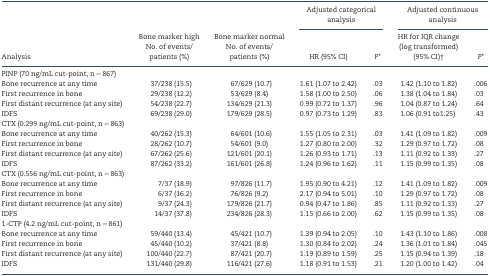
<table><thead><tr><td rowspan="2"><b>Analysis</b></td><td rowspan="2"><b>Bone marker high No. of events/patients (%)</b></td><td rowspan="2"><b>Bone marker normal No. of events/patients (%)</b></td><td colspan="2"><b>Adjusted categorical analysis</b></td><td colspan="2"><b>Adjusted continuous analysis</b></td></tr><tr><td><b>HR (95% CI)</b></td><td><b><i>P</i>*</b></td><td><b>HR for IQR change (log transformed) (95% CI)†</b></td><td><b><i>P</i>*</b></td></tr></thead><tbody><tr><td>PINP (70 ng/mL cut-point, n = 867)</td><td></td><td></td><td></td><td></td><td></td><td></td></tr><tr><td>Bone recurrence at any time</td><td>37/238 (15.5)</td><td>67/629 (10.7)</td><td>1.61 (1.07 to 2.42)</td><td>.03</td><td>1.42 (1.10 to 1.82)</td><td>.006</td></tr><tr><td>First recurrence in bone</td><td>29/238 (12.2)</td><td>53/629 (8.4)</td><td>1.58 (1.00 to 2.50)</td><td>.06</td><td>1.38 (1.04 to 1.84)</td><td>.03</td></tr><tr><td>First distant recurrence (at any site)</td><td>54/238 (22.7)</td><td>134/629 (21.3)</td><td>0.99 (0.72 to 1.37)</td><td>.96</td><td>1.04 (0.87 to 1.24)</td><td>.64</td></tr><tr><td>IDFS</td><td>69/238 (29.0)</td><td>179/629 (28.5)</td><td>0.97 (0.73 to 1.29)</td><td>.83</td><td>1.06 (0.91 to1.25)</td><td>.43</td></tr><tr><td>CTX (0.299 ng/mL cut-point, n = 863)</td><td></td><td></td><td></td><td></td><td></td><td></td></tr><tr><td>Bone recurrence at any time</td><td>40/262 (15.3)</td><td>64/601 (10.6)</td><td>1.55 (1.05 to 2.31)</td><td>.03</td><td>1.41 (1.09 to 1.82)</td><td>.009</td></tr><tr><td>First recurrence in bone</td><td>28/262 (10.7)</td><td>54/601 (9.0)</td><td>1.27 (0.80 to 2.00)</td><td>.32</td><td>1.29 (0.97 to 1.72)</td><td>.08</td></tr><tr><td>First distant recurrence (at any site)</td><td>67/262 (25.6)</td><td>121/601 (20.1)</td><td>1.26 (0.93 to 1.71)</td><td>.13</td><td>1.11 (0.92 to 1.33)</td><td>.27</td></tr><tr><td>IDFS</td><td>87/262 (33.2)</td><td>161/601 (26.8)</td><td>1.24 (0.96 to 1.62)</td><td>.11</td><td>1.15 (0.99 to 1.35)</td><td>.08</td></tr><tr><td>CTX (0.556 ng/mL cut-point, n = 863)</td><td></td><td></td><td></td><td></td><td></td><td></td></tr><tr><td>Bone recurrence at any time</td><td>7/37 (18.9)</td><td>97/826 (11.7)</td><td>1.95 (0.90 to 4.21)</td><td>.12</td><td>1.41 (1.09 to 1.82)</td><td>.009</td></tr><tr><td>First recurrence in bone</td><td>6/37 (16.2)</td><td>76/826 (9.2)</td><td>2.17 (0.94 to 5.01)</td><td>.10</td><td>1.29 (0.97 to 1.72)</td><td>.08</td></tr><tr><td>First distant recurrence (at any site)</td><td>9/37 (24.3)</td><td>179/826 (21.7)</td><td>0.94 (0.47 to 1.86)</td><td>.85</td><td>1.11 (0.92 to 1.33)</td><td>.27</td></tr><tr><td>IDFS</td><td>14/37 (37.8)</td><td>234/826 (28.3)</td><td>1.15 (0.66 to 2.00)</td><td>.62</td><td>1.15 (0.99 to 1.35)</td><td>.08</td></tr><tr><td>1-CTP (4.2 ng/mL cut-point, n = 861)</td><td></td><td></td><td></td><td></td><td></td><td></td></tr><tr><td>Bone recurrence at any time</td><td>59/440 (13.4)</td><td>45/421 (10.7)</td><td>1.39 (0.94 to 2.05)</td><td>.10</td><td>1.43 (1.10 to 1.86)</td><td>.008</td></tr><tr><td>First recurrence in bone</td><td>45/440 (10.2)</td><td>37/421 (8.8)</td><td>1.30 (0.84 to 2.02)</td><td>.24</td><td>1.36 (1.01 to 1.84)</td><td>.045</td></tr><tr><td>First distant recurrence (at any site)</td><td>100/440 (22.7)</td><td>87/421 (20.7)</td><td>1.19 (0.89 to 1.59)</td><td>.25</td><td>1.15 (0.94 to 1.39)</td><td>.18</td></tr><tr><td>IDFS</td><td>131/440 (29.8)</td><td>116/421 (27.6)</td><td>1.18 (0.91 to 1.53)</td><td>.21</td><td>1.20 (1.00 to 1.42)</td><td>.04</td></tr></tbody></table>